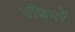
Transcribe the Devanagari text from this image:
पीढयों